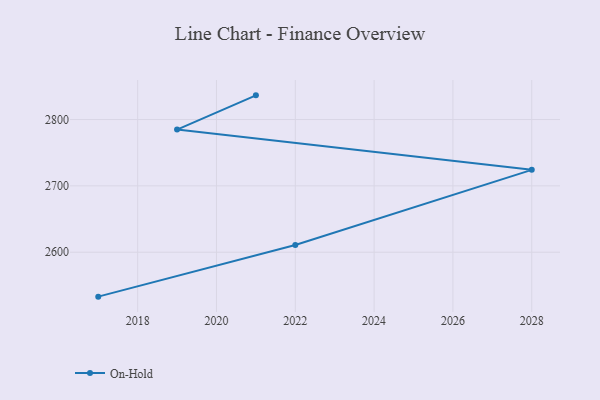
{"axis": {"x": "Year", "y": "Market Share (%)"}, "legend": ["On-Hold"], "data": [{"x": "2021", "y": 2836.5, "type": "On-Hold"}, {"x": "2019", "y": 2784.9, "type": "On-Hold"}, {"x": "2028", "y": 2724.2, "type": "On-Hold"}, {"x": "2022", "y": 2610.9, "type": "On-Hold"}, {"x": "2017", "y": 2533.0, "type": "On-Hold"}]}